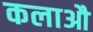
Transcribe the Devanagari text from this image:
कलाऔ